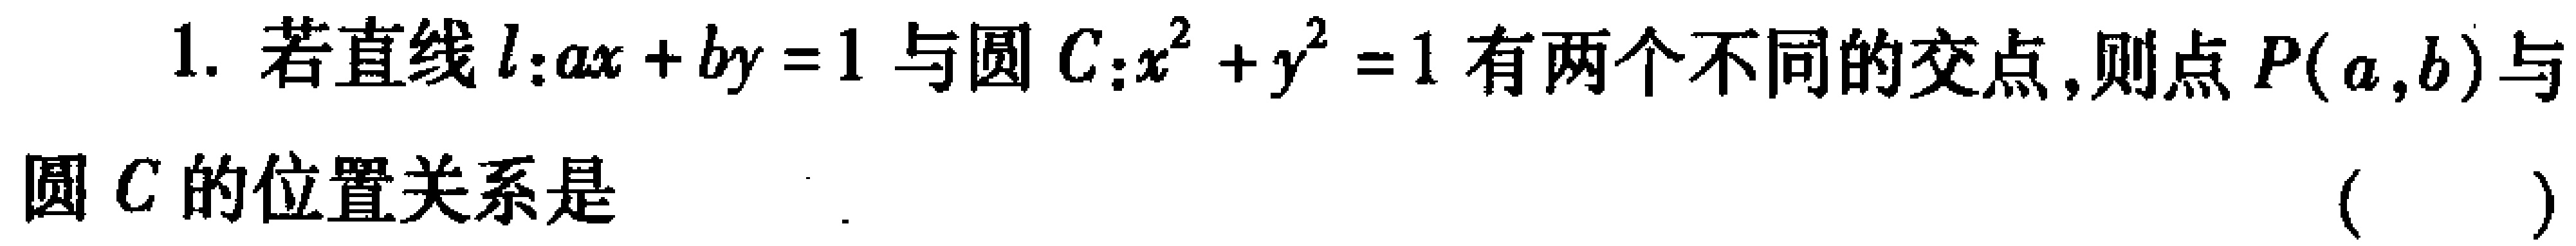
1. 若直线\(l:ax + by = 1\)与圆\(C:x^{2}+y^{2}=1\)有两个不同的交点，则点\(P(a,b)\)与圆\(C\)的位置关系是 （  ）